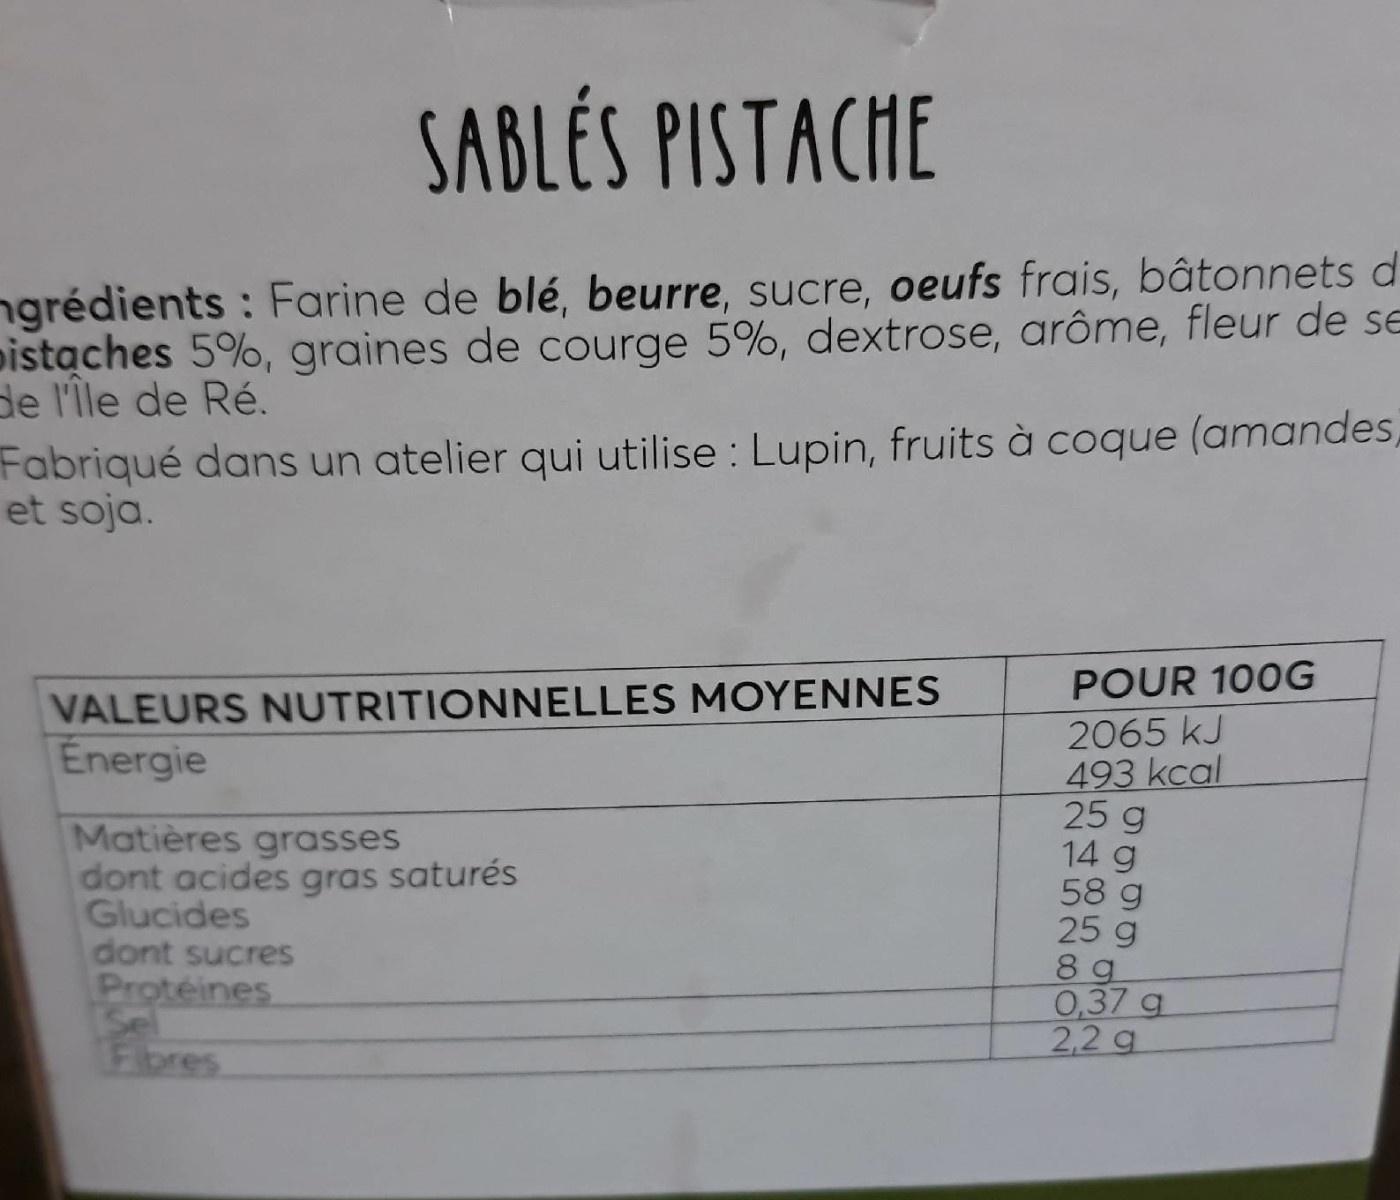
SABLÉS PISTACHE
ngrédients : Farine de blé, beurre, sucre, oeufs frais, bâtonnets d pistaches 5%, graines de courge 5%, dextrose, arôme, fleur de se de l'île de Ré. Fabriqué dans un atelier qui utilise : Lupin, fruits à coque (amandes, et soja.
POUR 100G
VALEURS NUTRITIONNELLES MOYENNES Energie
Matières grasses dont acides gras saturés Glucides dont sucres Proteines Se Fibres
2065 kJ 493 kcal 25 g 14 g 58 g 25 g 8 g 0,37 g 2,2 g